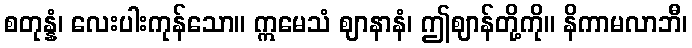
စတုန္နံ၊ လေးပါးကုန်သော။ ဣမေသံ ဈာနာနံ၊ ဤဈာန်တို့ကို။ နိကာမလာဘီ၊